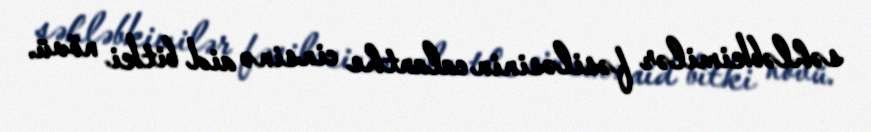
səhləbkimilər fəsiləsinin calanthe cinsinə aid bitki növü.